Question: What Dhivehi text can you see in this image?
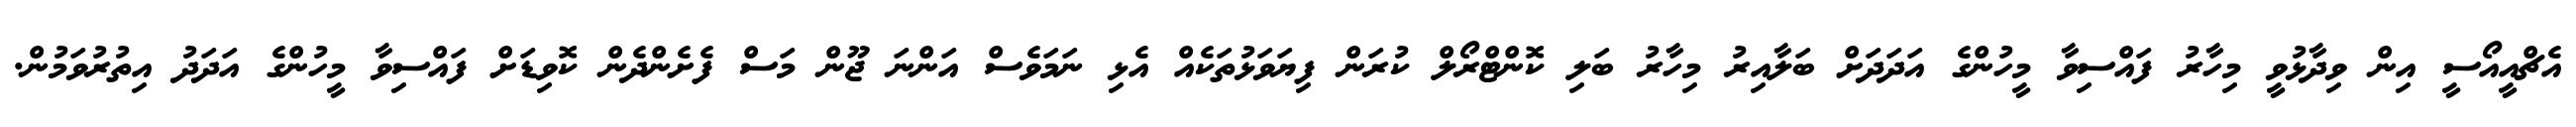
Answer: އެޗްއީއޯސީ އިން ވިދާޅުވީ މިހާރު ފައްސިވާ މީހުންގެ އަދަދަށް ބަލާއިރު މިހާރު ބަލި ކޮންޓްރޯލް ކުރަން ފިޔަވަޅުތަކެއް އެޅި ނަމަވެސް އަންނަ ޖޫން މަސް ފެށެންދެން ކޮވިޑަށް ފައްސިވާ މީހުންގެ އަދަދު އިތުރުވަމުން.